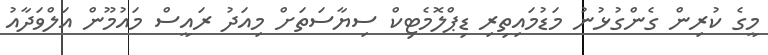
މީގެ ކުރިން ގެންގުޅުނު މަޑުމައިތިރި ޑިޕްލޮމެޓިކް ސިޔާސަތަށް މިއަދު ރައީސް މައުމޫން އަލްވަދާއު